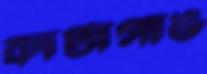
কাটাগাঙ